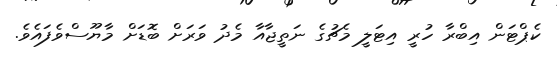
ކެޕްޓަން އިބްރާ ހުރީ އިޓަލީ މެޗުގެ ނަތީޖާއާ މެދު ވަރަށް ބޮޑަށް މާޔޫސްވެފައެވެ.